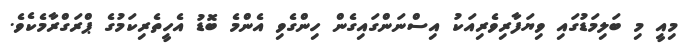
މިއީ މި ބަލިމަޑުގައި ވިޔަފާރިވެރިއަކު އިސްނަންގައިގެން ހިންގެވި އެންމެ ބޮޑު އެހީތެރިކަމުގެ ޕްރަގްރާމެކެވެ.